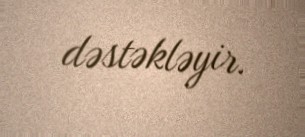
dəstəkləyir.